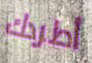
أطردك